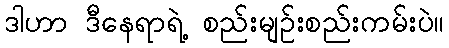
ဒါဟာ ဒီနေရာရဲ့ စည်းမျဉ်းစည်းကမ်းပဲ။